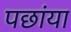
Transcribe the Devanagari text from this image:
पछांया